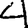
Digit: 4